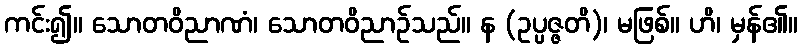
ကင်း၍။ သောတဝိညာဏံ၊ သောတဝိညာဉ်သည်။ န (ဥပ္ပဇ္ဇတိ)၊ မဖြစ်။ ဟိ၊ မှန်၏။